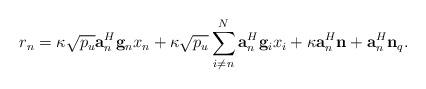
LaTeX: \begin{align*}{r_n} = \kappa \sqrt {{p_u}} {\bf{a}}_n^H{{\bf{g}}_n}{x_n} + \kappa \sqrt {{p_u}} \sum\limits_{i \ne n}^N {{\bf{a}}_n^H{{\bf{g}}_i}{x_i}} + \kappa {\bf{a}}_n^H{\bf{n}} + {\bf{a}}_n^H{{\bf{n}}_q}.\end{align*}